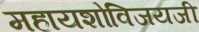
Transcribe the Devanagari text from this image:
महायशोविजयजी